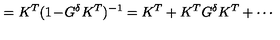
= K ^ { T } ( 1 \! - \! G ^ { \delta } K ^ { T } ) ^ { - 1 } = K ^ { T } + K ^ { T } G ^ { \delta } K ^ { T } + \cdots